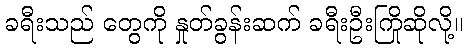
ခရီးသည် တွေကို နှုတ်ခွန်းဆက် ခရီးဦးကြိုဆိုလို့။